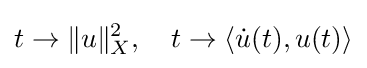
t\rightarrow \|u\|_{X}^{2},\quad t\rightarrow \langle {\dot {u}}(t),u(t)\rangle